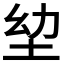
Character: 𭎍